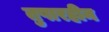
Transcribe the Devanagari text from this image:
तुषारहीन